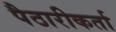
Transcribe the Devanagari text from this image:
पैठारीकर्ता